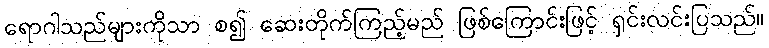
ရောဂါသည်များကိုသာ စ၍ ဆေးတိုက်ကြည့်မည် ဖြစ်ကြောင်းဖြင့် ရှင်းလင်းပြသည်။